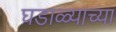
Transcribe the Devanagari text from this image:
घडाळ्याच्या